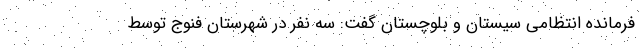
فرمانده انتظامی سیستان و بلوچستان گفت: سه نفر در شهرستان فنوج توسط